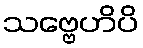
သဗ္ဗေဟိပိ